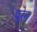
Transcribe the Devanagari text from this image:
प्रेन